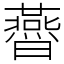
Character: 㬫